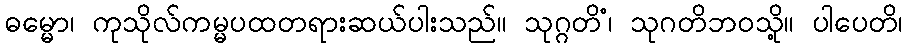
ဓမ္မော၊ ကုသိုလ်ကမ္မပထတရားဆယ်ပါးသည်။ သုဂ္ဂတိံ၊ သုဂတိဘဝသို့။ ပါပေတိ၊